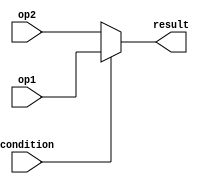
module conditional_operator (
    input wire condition,
    input wire op1,
    input wire op2,
    output reg result
);

always @(condition, op1, op2)
begin
    result = condition ? op1 : op2;
end

endmodule